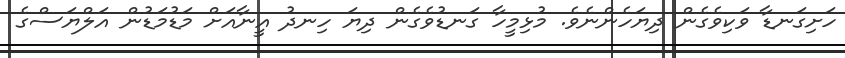
ހަށިގަނޑާ ވަކިވެގެން ދިޔަހެންނެވެ. މުޅިމީހާ ގަނޑުވެގެން ދިޔަ ހިނދު އީނާއަށް މަޑުމަޑުން އަލްޔަސްގެ